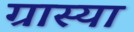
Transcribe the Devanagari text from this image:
ग्रास्या